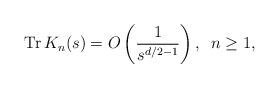
LaTeX: \begin{align*}{\rm Tr}\,K_{n}(s)= O\left( \frac{1}{s^{d/2-1}}\right) ,\,\,\, n\geq 1, \end{align*}